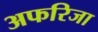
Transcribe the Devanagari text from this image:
अफरिजा